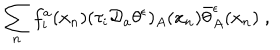
LaTeX: \sum _ { n } f _ { i } ^ { a } ( x _ { n } ) ( \tau _ { i } { \cal D } _ { a } \theta ^ { \epsilon } ) _ { A } ( x _ { n } ) \bar { \theta } _ { A } ^ { \epsilon } ( x _ { n } ) \; ,